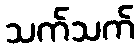
သက်သက်